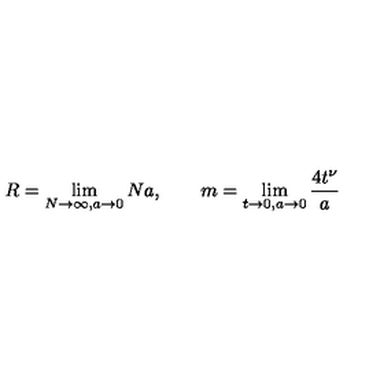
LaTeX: R = \lim _ { N \to \infty , a \to 0 } N a , \qquad m = \lim _ { t \to 0 , a \to 0 } \frac { 4 t ^ { \nu } } { a }